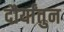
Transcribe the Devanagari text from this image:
दौर्यांतुन